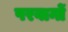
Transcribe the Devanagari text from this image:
परवानों